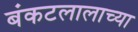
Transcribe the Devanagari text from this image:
बंकटलालाच्या